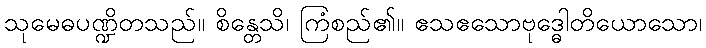
သုမေဓပဏ္ဍိတသည်။ စိန္တေသိ၊ ကြံစည်၏။ ဧသဧသောဗုဒ္ဓေါတိယောသော၊